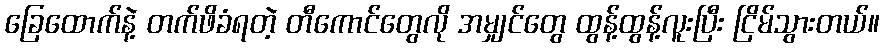
ခြေထောက်နဲ့ တက်ဖိခံရတဲ့ တီကောင်တွေလို အမျှင်တွေ ထွန့်ထွန့်လူးပြီး ငြိမ်သွားတယ်။